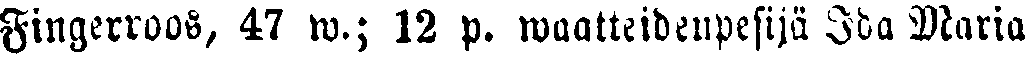
Fingerroos, 47 w.; 12 p. waatteidenpesijä Ida Maria